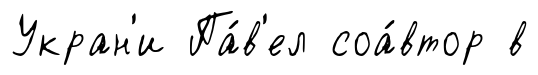
Укран'и Па́в'ел соа́втор в